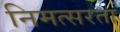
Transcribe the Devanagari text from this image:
निमत्सरता